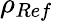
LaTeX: \rho_{Ref}\,